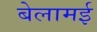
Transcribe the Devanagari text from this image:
बेलामई